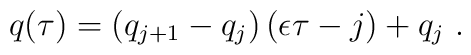
q(\tau)=(q_{j+1}-q_j)\left(\epsilon\tau -j\right)+q_j\ .